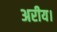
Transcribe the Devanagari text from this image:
अरीय।